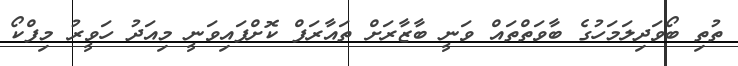
ތުތި ބޯވަދިލަމަހުގެ ބާވަތްތައް ވަނީ ބާޒާރަށް ތައާރަފް ކޮށްފައިވަނީ މިއަދު ހަވީރު މިފްކޯ